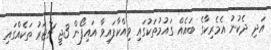
އަދި ދެކުނު އެމެރިކާގެ ބައެއް ގައުމުތަކުގައި ވިއްކާފައިވާ އައިފޯން 3ޖީ ޗާޖަރު ތަކެއްގައި